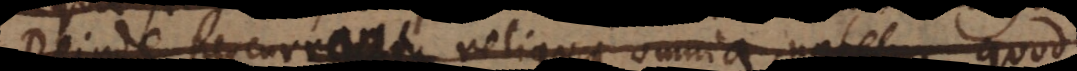
Deinde percurrantur reliqua omnia, notetu